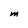
Character: M